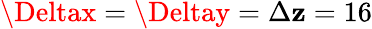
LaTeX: \Deltax=\Deltay=\Delta\mathbf{z}=16